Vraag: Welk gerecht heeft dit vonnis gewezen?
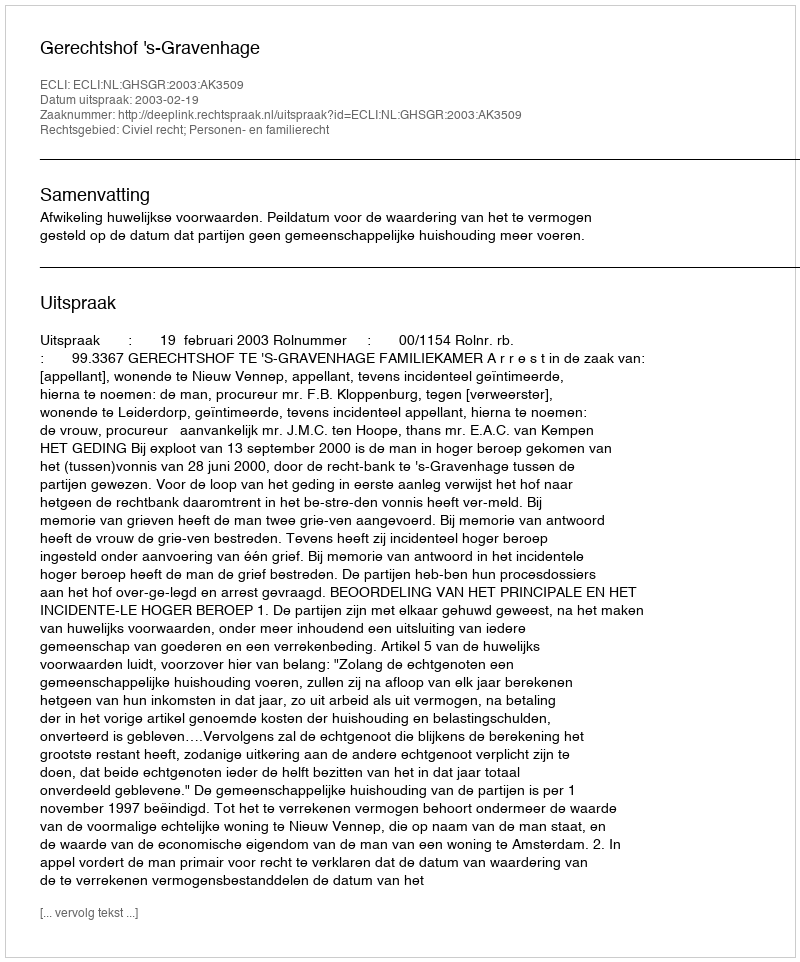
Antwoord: Gerechtshof 's-Gravenhage